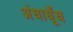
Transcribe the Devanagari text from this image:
अंधाधूँध